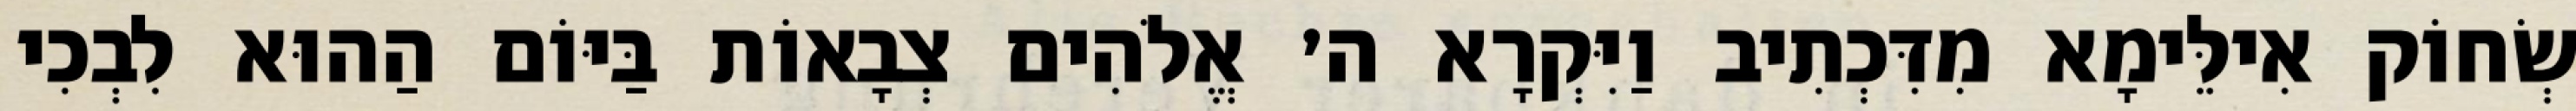
שְׂחוֹק אִילֵּימָא מִדִּכְתִיב וַיִּקְרָא ה׳ אֱלֹהִים צְבָאוֹת בַּיּוֹם הַהוּא לִבְכִי